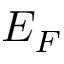
E _ { F }